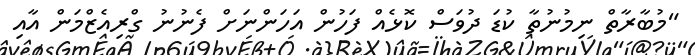
"މުބާރާތް ނިމުނުތާ ކުޑަ ދުވަސް ކޮޅެއް ފަހުން އަހަންނަށް ފެނުނު ގްރިއެޒްމަން އާއި